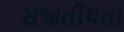
સજાતીયતા